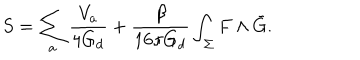
LaTeX: S = \sum _ { a } \frac { V _ { a } } { 4 G _ { d } } + \frac { \beta } { 1 6 \pi G _ { d } } \int _ { \Sigma } F \wedge \bar { G } .